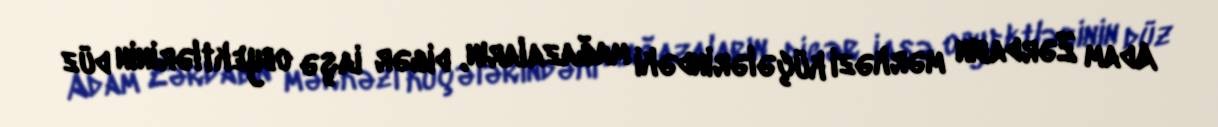
Adam Zərdabın mərkəzi küçələrindəki mağazaların, digər iaşə obyektlərinin düz